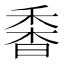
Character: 𩠼